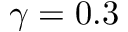
\gamma = 0 . 3